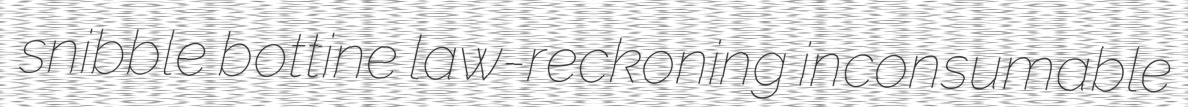
snibble bottine law-reckoning inconsumable